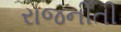
રાજનીતી